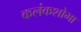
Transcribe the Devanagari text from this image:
कलंकशोभा